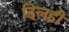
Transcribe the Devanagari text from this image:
दिलही